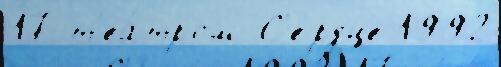
17 т'еа́тром С'е́рдце 1992